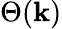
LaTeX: \Theta(\mathbf{k})